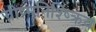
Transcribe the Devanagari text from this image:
ग्रीष्मनिश्ष्क्रिय